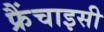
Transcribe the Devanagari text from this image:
फ्रैंचाइसी